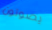
يصوتون